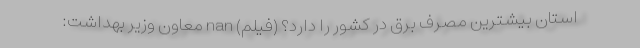
استان بیشترین مصرف برق در کشور را دارد؟ (فیلم) nan معاون وزیر بهداشت: